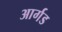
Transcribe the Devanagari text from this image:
आर्गड